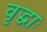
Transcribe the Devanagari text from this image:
वृद्धाः